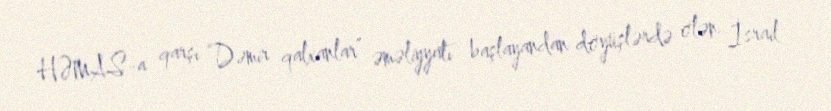
HƏMAS-a qarşı “Dəmir qalxanlar” əməliyyatı başlayandan döyüşlərdə ölən İsrail